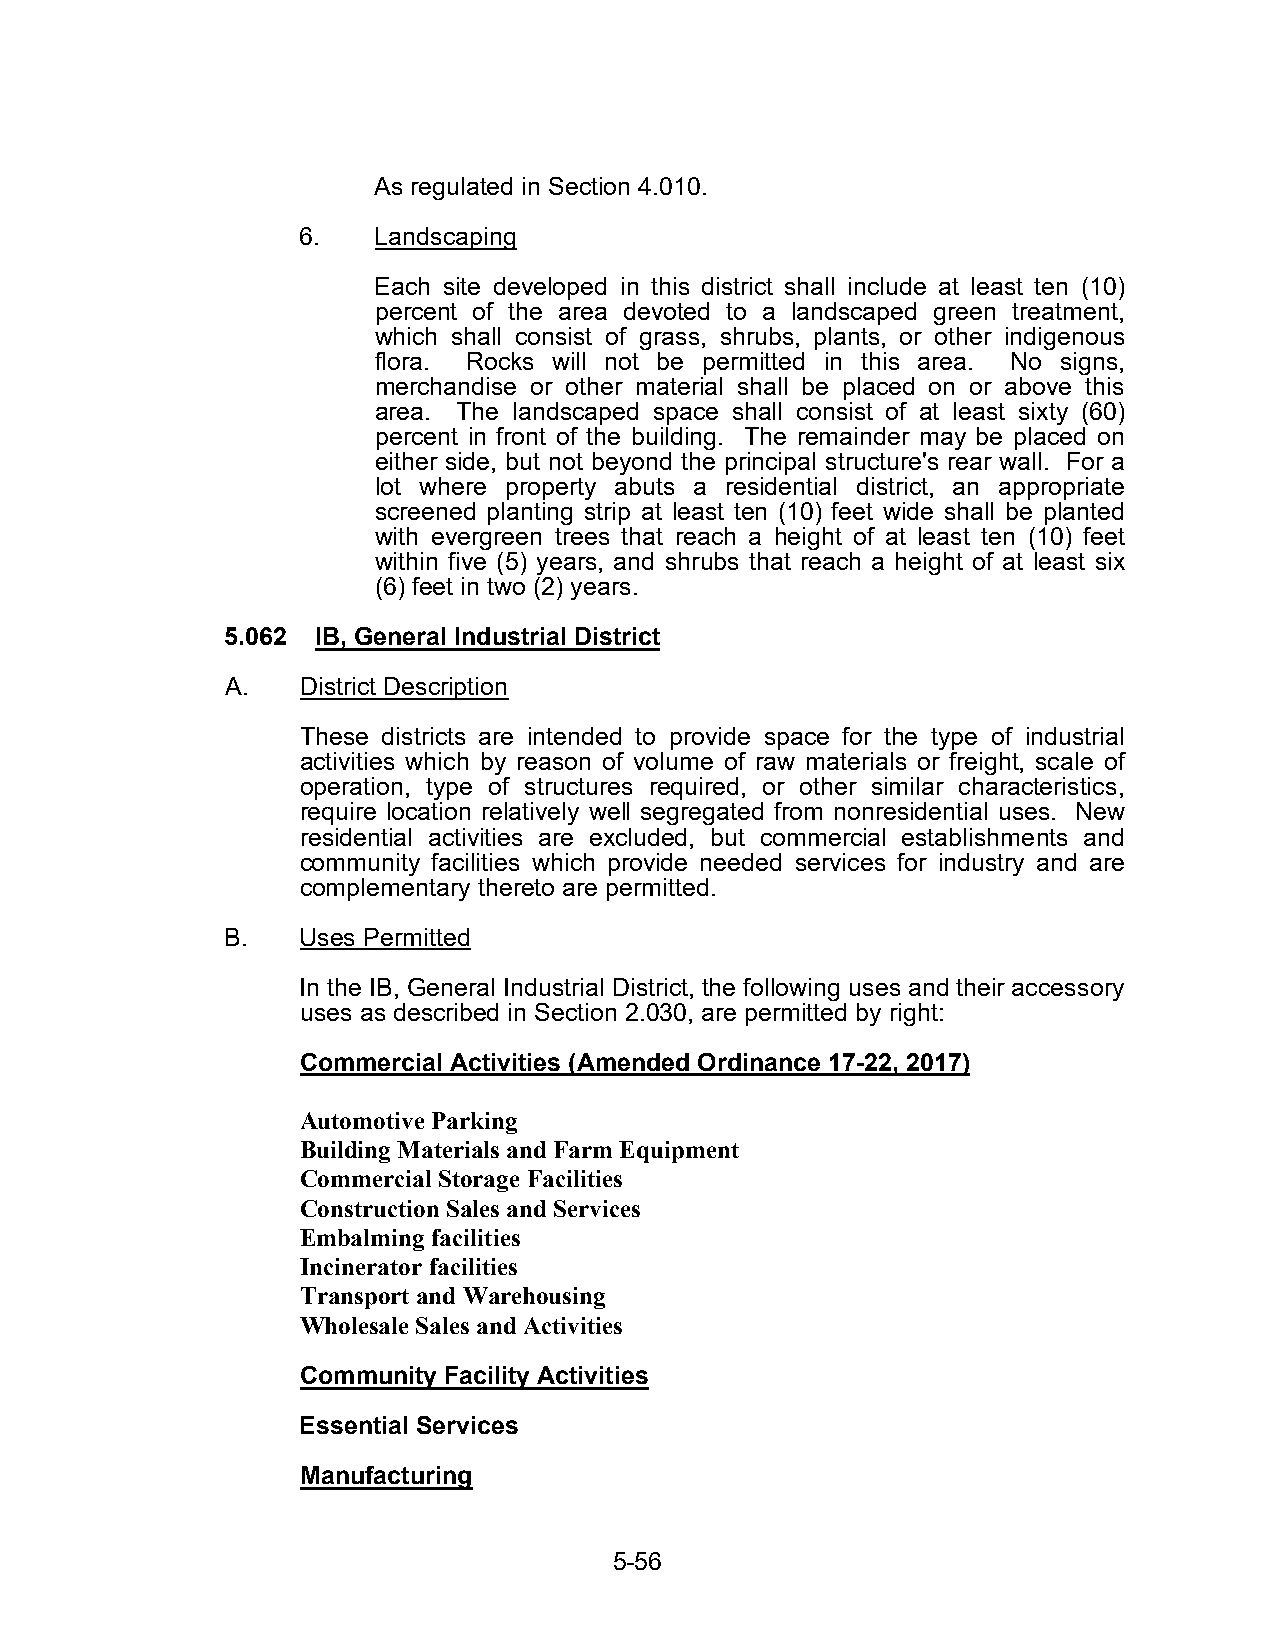
As regulated in Section 4.010.
 6.   Landscaping
 Each site developed in this district shall include at least ten (10)
 percent of the area devoted to a landscaped green treatment,
 which shall consist of grass, shrubs, plants, or other indigenous
 flora. Rocks will not be permitted in this area. No signs,
 merchandise or other material shall be placed on or above this
 area. The landscaped space shall consist of at least sixty (60)
 percent in front of the building. The remainder may be placed on
 either side, but not beyond the principal structure's rear wall. For a
 lot where property abuts a residential district, an appropriate
 screened planting strip at least ten (10) feet wide shall be planted
 with evergreen trees that reach a height of at least ten (10) feet
 within five (5) years, and shrubs that reach a height of at least six
 (6) feet in two (2) years.
 5.062 IB, General Industrial District
 A.   District Description
 These districts are intended to provide space for the type of industrial
 activities which by reason of volume of raw materials or freight, scale of
 operation, type of structures required, or other similar characteristics,
 require location relatively well segregated from nonresidential uses. New
 residential activities are excluded, but commercial establishments and
 community facilities which provide needed services for industry and are
 complementary thereto are permitted.
 B.   Uses Permitted
 In the IB, General Industrial District, the following uses and their accessory
 uses as described in Section 2.030, are permitted by right:
 Commercial Activities (Amended Ordinance 17-22, 2017)
 Automotive Parking
 Building Materials and Farm Equipment
 Commercial Storage Facilities
 Construction Sales and Services
 Embalming facilities
 Incinerator facilities
 Transport and Warehousing
 Wholesale Sales and Activities
 Community Facility Activities
 Essential Services
 Manufacturing
 5-56